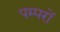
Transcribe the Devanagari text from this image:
पम्परों